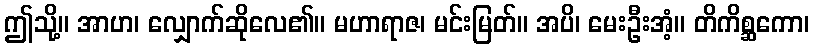
ဤသို့။ အာဟ၊ လျှောက်ဆိုလေ၏။ မဟာရာဇ၊ မင်းမြတ်။ အပိ၊ မေးဦးအံ့။ တိကိစ္ဆကော၊